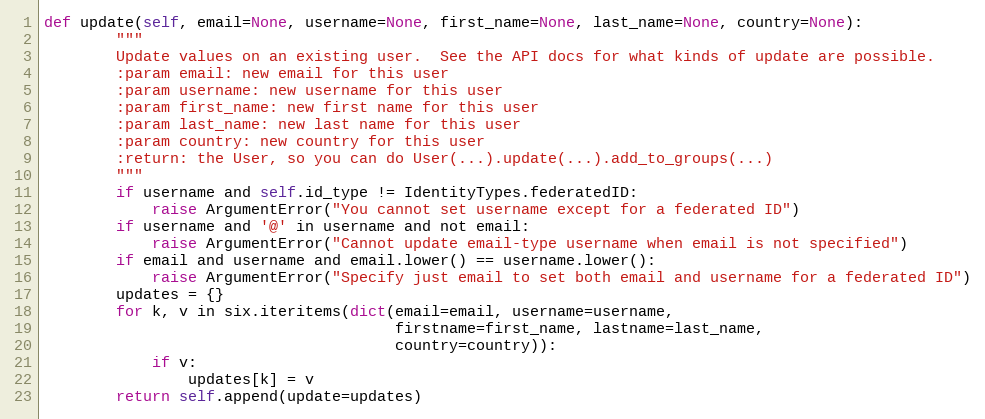
Language: Python
def update(self, email=None, username=None, first_name=None, last_name=None, country=None):
        """
        Update values on an existing user.  See the API docs for what kinds of update are possible.
        :param email: new email for this user
        :param username: new username for this user
        :param first_name: new first name for this user
        :param last_name: new last name for this user
        :param country: new country for this user
        :return: the User, so you can do User(...).update(...).add_to_groups(...)
        """
        if username and self.id_type != IdentityTypes.federatedID:
            raise ArgumentError("You cannot set username except for a federated ID")
        if username and '@' in username and not email:
            raise ArgumentError("Cannot update email-type username when email is not specified")
        if email and username and email.lower() == username.lower():
            raise ArgumentError("Specify just email to set both email and username for a federated ID")
        updates = {}
        for k, v in six.iteritems(dict(email=email, username=username,
                                       firstname=first_name, lastname=last_name,
                                       country=country)):
            if v:
                updates[k] = v
        return self.append(update=updates)